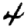
Digit: 4